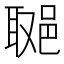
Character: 𨛿